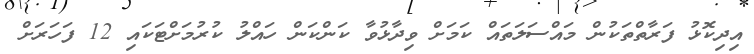
އިދިކޮޅު ފަރާތްތަކުން މައްސަލަތައް ކަމަށް ވިދާޅުވާ ކަންކަން ހައްލު ކުރުމަށްޓަކައި 12 ފަހަރަށް